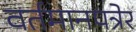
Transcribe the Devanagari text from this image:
वर्तमानपत्रेर